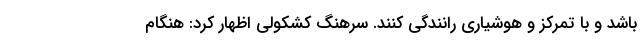
باشد و با تمرکز و هوشیاری رانندگی کنند. سرهنگ کشکولی اظهار کرد: هنگام